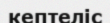
кептеліс